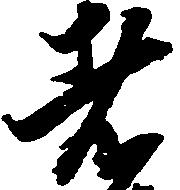
者